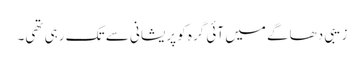
زیبی دھاگے میں آئی گرہ کو پریشانی سے تک رہی تھی۔